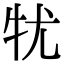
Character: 𤘜